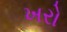
ખરો